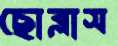
ছোব্‌লাস